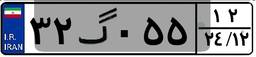
۳۲گ۰۵۵۱۲